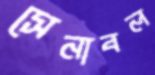
সেনাবল